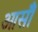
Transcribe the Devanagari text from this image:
आसौं